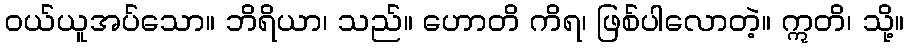
ဝယ်ယူအပ်သော။ ဘိရိယာ၊ သည်။ ဟောတိ ကိရ၊ ဖြစ်ပါလောတဲ့။ ဣတိ၊ သို့။